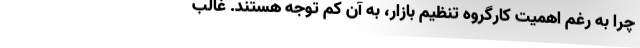
چرا به رغم اهمیت کارگروه تنظیم بازار، ‌به آن کم توجه هستند. غالب